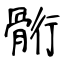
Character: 䯒